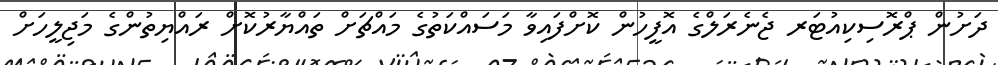
ދަށުން ޕްރޮސިކިއުޓަރ ޖެނެރަލްގެ އޮފީހުން ކޮށްފައިވާ މަސައްކަތުގެ މައްޗަށް ތައްޔާރުކޮށް ރައްޔިތުންގެ މަޖިލީހަށް